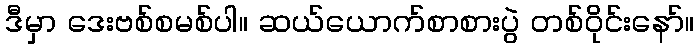
ဒီမှာ ဒေးဗစ်စမစ်ပါ။ ဆယ်ယောက်စာစားပွဲ တစ်ဝိုင်းနော်။